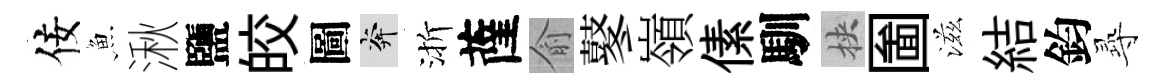
佞魚湫鹽皎圖奔渐薩俞鼕嶺傃馴挾圗滋結鈞𡬶